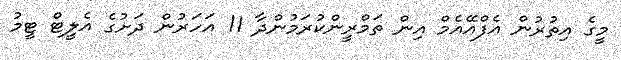
މީގެ އިތުރުން އެފްއޭއެމް އިން ތަމްރީންކުރަމުންދާ 11 އަހަރުން ދަށުގެ އެލީޓް ޓީމު